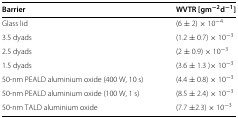
<table><thead><tr><td><b>Barrier</b></td><td><b>WVTR [g<i>m</i><sup>−2</sup><i>d</i><sup>−1</sup>]</b></td></tr></thead><tbody><tr><td>Glass lid</td><td>(6 ± 2) × 10 <sup>−4</sup></td></tr><tr><td>3.5 dyads</td><td>(1.2 ± 0.7) × 10 <sup>−3</sup></td></tr><tr><td>2.5 dyads</td><td>(2 ± 0.9) × 10 <sup>−3</sup></td></tr><tr><td>1.5 dyads</td><td>(3.6 ± 1.3) × 10 <sup>−3</sup></td></tr><tr><td>50-nm PEALD aluminium oxide (400 W, 10 s)</td><td>(4.4 ± 0.8) × 10 <sup>−3</sup></td></tr><tr><td>50-nm PEALD aluminium oxide (100 W, 1 s)</td><td>(8.5 ± 2.4) × 10 <sup>−3</sup></td></tr><tr><td>50-nm TALD aluminium oxide</td><td>(7.7 ±2.3) × 10 <sup>−3</sup></td></tr></tbody></table>